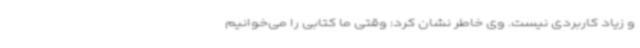
و زیاد کاربردی نیست. وی خاطر نشان کرد: وقتی ما کتابی را می‌خوانیم